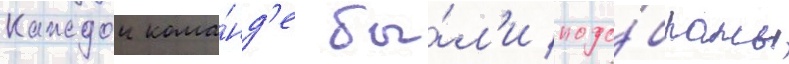
Каждои кома́нд'е бы́л'и подо́браны